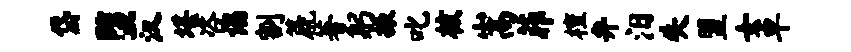
岱堕汉堪咨谒割篪著躬振叱核嵩菲檀弁汨失盟女卓